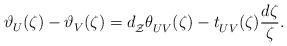
LaTeX: \begin{align*} \vartheta^{}_U(\zeta) - \vartheta^{}_V(\zeta) = d^{\phantom{g}}_{\mathcal{Z}} \theta^{\phantom{g}}_{UV}(\zeta) - t^{\phantom{g}}_{UV}(\zeta) \frac{d\zeta}{\zeta} \rlap{.}\end{align*}